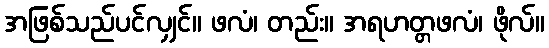
အဖြစ်သည်ပင်လျှင်။ ဖလံ၊ တည်း။ အရဟတ္တဖလံ၊ ဖိုလ်။